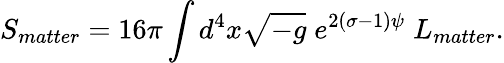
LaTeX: S_{matter}=16\pi\int d^{4}x\sqrt{-g}\; e^{2(\sigma-1)\psi}\; L_{matter}.